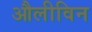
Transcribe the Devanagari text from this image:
औलीविन